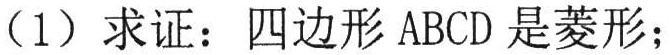
（1）求证：四边形 \(ABCD\) 是菱形；